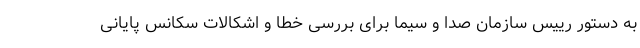
به دستور رییس سازمان صدا و سیما برای بررسی خطا و اشکالات سکانس پایانی